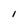
Character: I